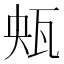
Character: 𤬺